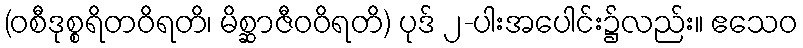
(ဝစီဒုစ္စရိတဝိရတိ၊ မိစ္ဆာဇီဝဝိရတိ) ပုဒ် ၂-ပါးအပေါင်း၌လည်း။ ဧသေဝ